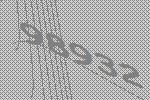
98932